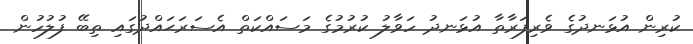
ކުރިން އުޅަނދުގެ ވެރިފަރާތާ އުޅަނދު ހަވާލު ކުރުމުގެ މަސައްކަތް އެސަރަޙައްދުގައި ތިބޭ ފުލުހުން